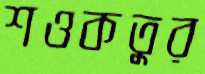
শওকতুর